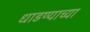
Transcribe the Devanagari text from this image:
धाडण्याच्या